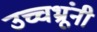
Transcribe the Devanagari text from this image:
उच्चभ्रूंनी